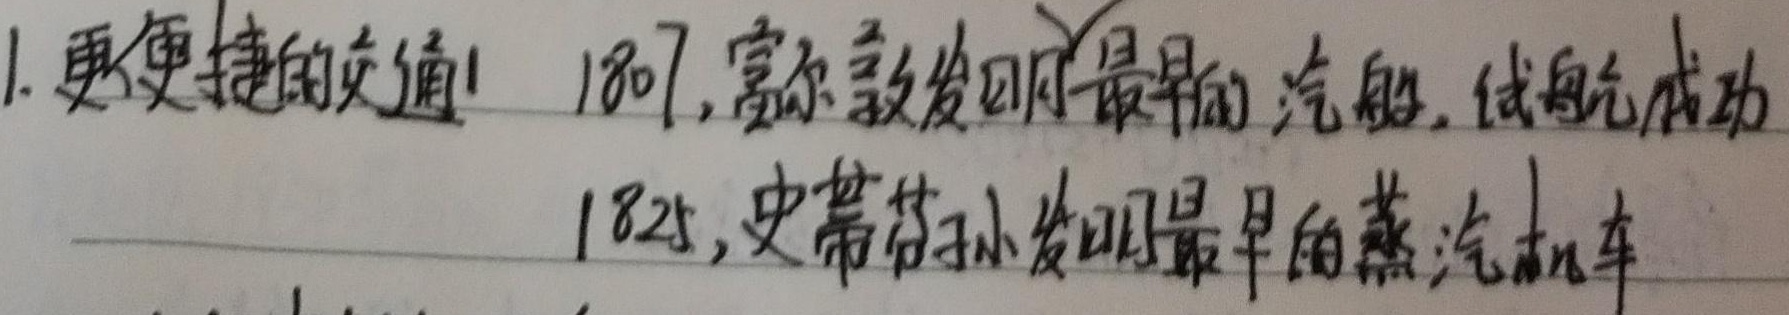
1. 更便捷的交通
1807，富尔顿发明最早的汽船，试航成功
1825，史蒂芬孙发明最早的蒸汽机车